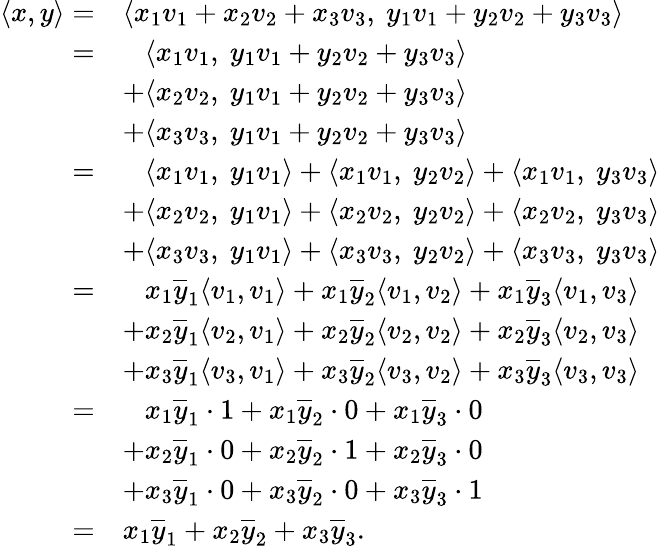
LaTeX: \begin{array}{rl}{\langle x,y\rangle=}&{\langle x_{1}v_{1}+x_{2}v_{2}+x_{3}v_{3},\ y_{1}v_{1}+y_{2}v_{2}+y_{3}v_{3}\rangle}\\ {=}&{\phantom{+}\langle x_{1}v_{1},\ y_{1}v_{1}+y_{2}v_{2}+y_{3}v_{3}\rangle}\\ &{+\langle x_{2}v_{2},\ y_{1}v_{1}+y_{2}v_{2}+y_{3}v_{3}\rangle}\\ &{+\langle x_{3}v_{3},\ y_{1}v_{1}+y_{2}v_{2}+y_{3}v_{3}\rangle}\\ {=}&{\phantom{+}\langle x_{1}v_{1},\ y_{1}v_{1}\rangle+\langle x_{1}v_{1},\ y_{2}v_{2}\rangle+\langle x_{1}v_{1},\ y_{3}v_{3}\rangle}\\ &{+\langle x_{2}v_{2},\ y_{1}v_{1}\rangle+\langle x_{2}v_{2},\ y_{2}v_{2}\rangle+\langle x_{2}v_{2},\ y_{3}v_{3}\rangle}\\ &{+\langle x_{3}v_{3},\ y_{1}v_{1}\rangle+\langle x_{3}v_{3},\ y_{2}v_{2}\rangle+\langle x_{3}v_{3},\ y_{3}v_{3}\rangle}\\ {=}&{\phantom{+}x_{1}\overline{y}_{1}\langle v_{1},v_{1}\rangle+x_{1}\overline{y}_{2}\langle v_{1},v_{2}\rangle+x_{1}\overline{y}_{3}\langle v_{1},v_{3}\rangle}\\ &{+x_{2}\overline{y}_{1}\langle v_{2},v_{1}\rangle+x_{2}\overline{y}_{2}\langle v_{2},v_{2}\rangle+x_{2}\overline{y}_{3}\langle v_{2},v_{3}\rangle}\\ &{+x_{3}\overline{y}_{1}\langle v_{3},v_{1}\rangle+x_{3}\overline{y}_{2}\langle v_{3},v_{2}\rangle+x_{3}\overline{y}_{3}\langle v_{3},v_{3}\rangle}\\ {=}&{\phantom{+}x_{1}\overline{y}_{1}\cdot 1+x_{1}\overline{y}_{2}\cdot 0+x_{1}\overline{y}_{3}\cdot 0}\\ &{+x_{2}\overline{y}_{1}\cdot 0+x_{2}\overline{y}_{2}\cdot 1+x_{2}\overline{y}_{3}\cdot 0}\\ &{+x_{3}\overline{y}_{1}\cdot 0+x_{3}\overline{y}_{2}\cdot 0+x_{3}\overline{y}_{3}\cdot 1}\\ {=}&{x_{1}\overline{y}_{1}+x_{2}\overline{y}_{2}+x_{3}\overline{y}_{3}.}\end{array}